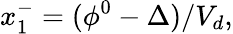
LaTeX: x_{1}^{-}=(\phi^{0}-\Delta)/V_{d},